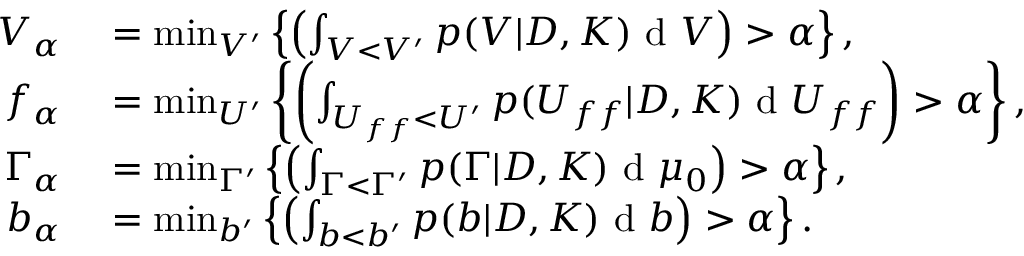
\begin{array} { r l } { V _ { \alpha } } & { { } = \operatorname* { m i n } _ { V ^ { \prime } } \left\{ \left( \int _ { V < V ^ { \prime } } p ( V | D , K ) \textup { d } V \right) > \alpha \right\} , } \\ { f _ { \alpha } } & { { } = \operatorname* { m i n } _ { U ^ { \prime } } \left\{ \left( \int _ { U _ { f f } < U ^ { \prime } } p ( U _ { f f } | D , K ) \textup { d } U _ { f f } \right) > \alpha \right\} , } \\ { \Gamma _ { \alpha } } & { { } = \operatorname* { m i n } _ { \Gamma ^ { \prime } } \left\{ \left( \int _ { \Gamma < \Gamma ^ { \prime } } p ( \Gamma | D , K ) \textup { d } \mu _ { 0 } \right) > \alpha \right\} , } \\ { b _ { \alpha } } & { { } = \operatorname* { m i n } _ { b ^ { \prime } } \left\{ \left( \int _ { b < b ^ { \prime } } p ( b | D , K ) \textup { d } b \right) > \alpha \right\} . } \end{array}